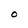
Character: 0